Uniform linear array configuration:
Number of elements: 24
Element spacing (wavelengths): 0.5
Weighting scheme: cosine
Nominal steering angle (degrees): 60
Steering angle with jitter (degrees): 60.95
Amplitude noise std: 0.05
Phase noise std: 0.05

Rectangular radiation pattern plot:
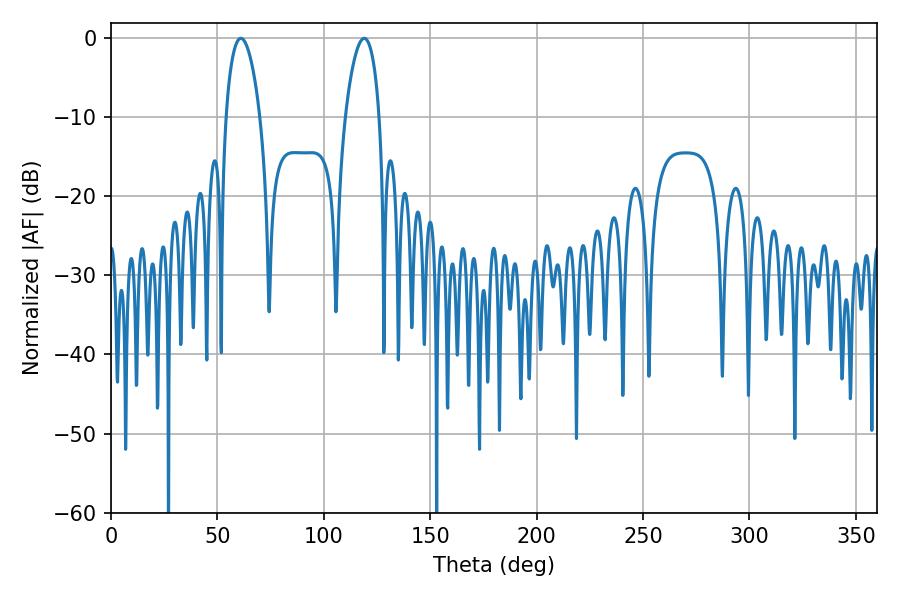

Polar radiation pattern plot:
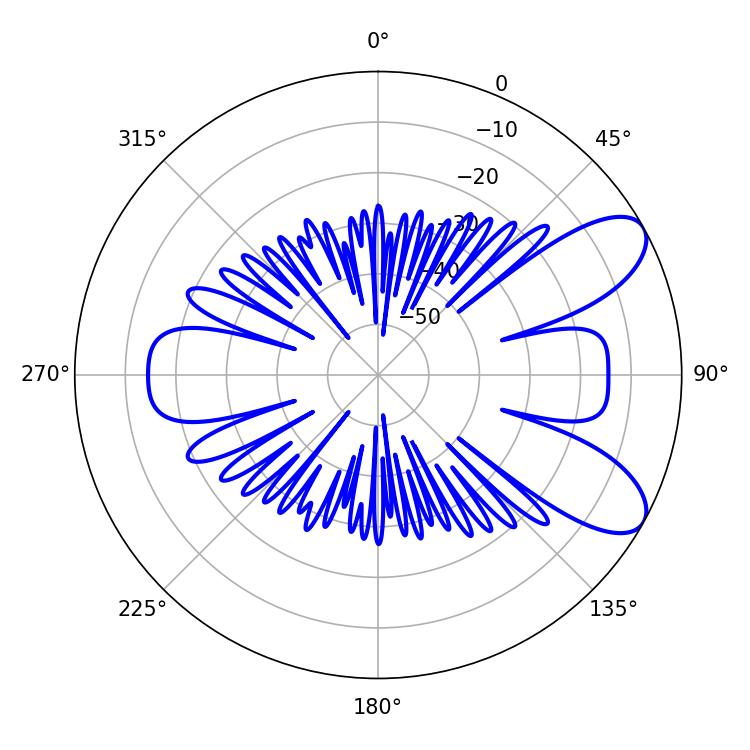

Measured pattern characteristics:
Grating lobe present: FALSE
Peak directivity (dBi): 8.351
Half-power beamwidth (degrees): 9
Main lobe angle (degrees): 61.02